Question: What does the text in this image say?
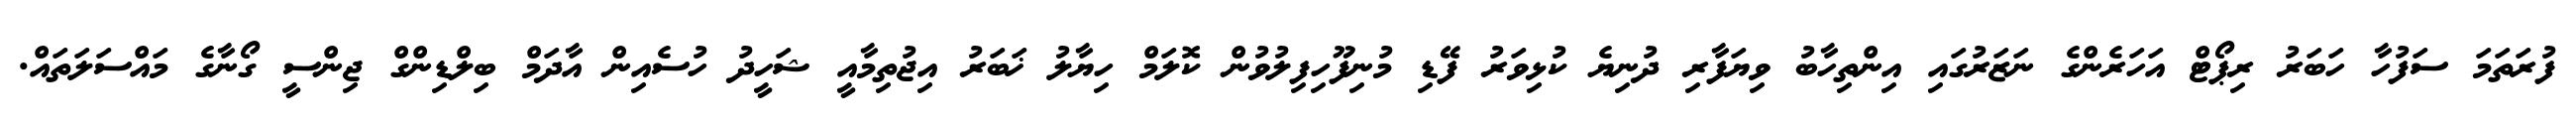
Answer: ފުރަތަމަ ސަފުހާ ހަބަރު ރިޕޯޓް އަހަރެންގެ ނަޒަރުގައި އިންތިހާބު ވިޔަފާރި ދުނިޔެ ކުޅިވަރު ފޭޑި މުނިފޫހިފިލުވުން ކޮލަމް ހިޔާލު ޚަބަރު އިޖުތިމާއީ ޝަހީދު ހުސެއިން އާދަމް ބިލްޑިންގް ޖިންސީ ގޯނާގެ މައްސަލަތައް.